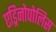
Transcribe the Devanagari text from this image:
एड्रिनोपोलिस